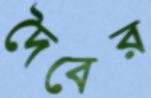
দৈবের